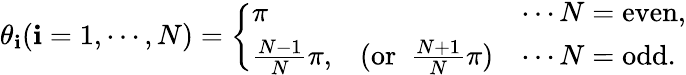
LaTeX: \theta_{\mathbf{i}}(\mathbf{i}=1,\cdots,N)=\left\{ \begin{array}{lcl}{{\pi}}&{{}}&{{\cdots N=\mathrm{even},}}\\ {{{\frac{N-1}{N}}\pi,}}&{{(\mathrm{or}~~{\frac{N+1}{N}}\pi)}}&{{\cdots N=\mathrm{odd}.}}\end{array}\right.